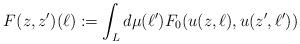
LaTeX: \begin{align*}F(z,z')(\ell):=\int_L d\mu(\ell')F_0(u(z,\ell),u(z',\ell'))\end{align*}